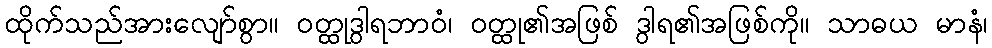
ထိုက်သည်အားလျော်စွာ။ ဝတ္ထုဒွါရဘာဝံ၊ ဝတ္ထု၏အဖြစ် ဒွါရ၏အဖြစ်ကို။ သာဓယ မာနံ၊